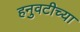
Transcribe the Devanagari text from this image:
हनुवटीच्या